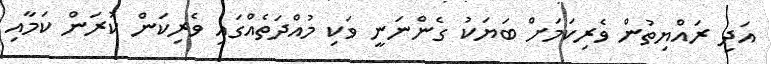
އަދި ރައްޔިތުން ވެރިކަމަށް ބަޔަކު ގެންނަނީ ވަކި މުއްދަތެއްގައި ވެރިކަން ކުރަން ކަމާއި